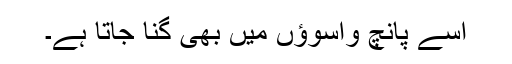
اسے پانچ واسوؤں میں بھی گنا جاتا ہے۔